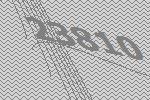
23810